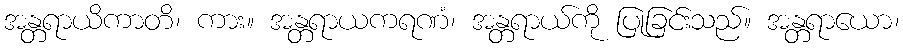
အန္တရာယိကာတိ၊ ကား။ အန္တရာယကရဏံ၊ အန္တရာယ်ကို ပြုခြင်းသည်။ အန္တရာယော၊